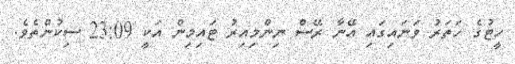
ހީޓުގެ ހަތަރު ވަނައިގައި އޭނާ ރޭސް ނިންމިއިރު ޓައިމިން އަކީ 23:09 ސިކުންތެވެ.